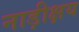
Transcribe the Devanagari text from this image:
नाड़ीक्षय